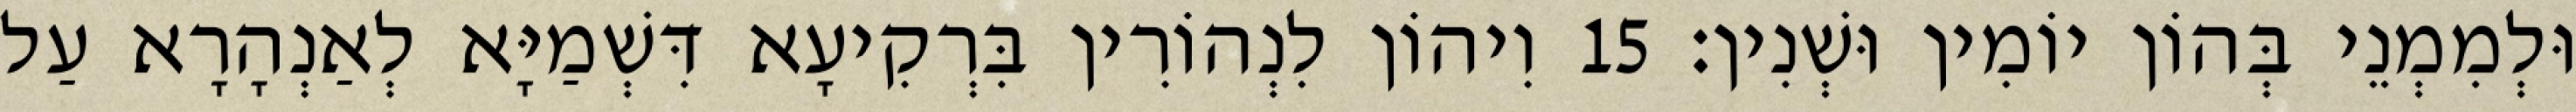
וּלְמִמְנֵי בְּהוֹן יוֹמִין וּשְׁנִין׃ 15 וִיהוֹן לִנְהוֹרִין בִּרְקִיעָא דִּשְׁמַיָּא לְאַנְהָרָא עַל